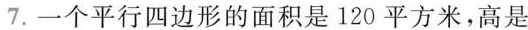
7.一个平行四边形的面积是120平方米，高是